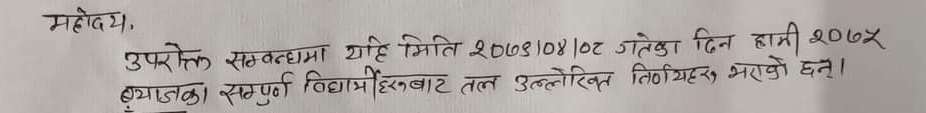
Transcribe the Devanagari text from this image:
महोदय,
उपरोक्त सम्बन्धमा यही मिति २०७४।०४।०२ गतेका दिन हामी २०७५
ब्याचका सम्पूर्ण विद्यार्थीहरूबाट तल उल्लेखित निर्णयहरू भराएको छ।